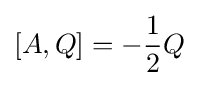
[A,Q]=-{\frac {1}{2}}Q